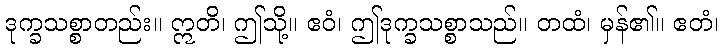
ဒုက္ခသစ္စာတည်း။ ဣတိ၊ ဤသို့။ ဧဝံ၊ ဤဒုက္ခသစ္စာသည်။ တထံ၊ မှန်၏။ ဧတံ၊